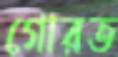
গোরত